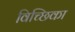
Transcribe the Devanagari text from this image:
विच्छिका